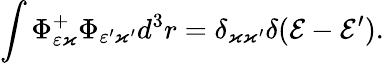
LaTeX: \int\Phi_{\varepsilon\varkappa}^{+}\Phi_{\varepsilon^{\prime}\varkappa^{\prime}}d^{3}r=\delta_{\varkappa\varkappa^{\prime}}\delta(\mathcal{E}-\mathcal{E}^{\prime}).